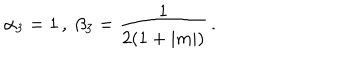
\alpha _ { 3 } = 1 \, , \; \beta _ { 3 } = { \frac { 1 } { 2 ( 1 + | m | ) } } \, .